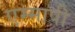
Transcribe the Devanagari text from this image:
एम्मापी